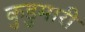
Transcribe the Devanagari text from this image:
कुडुमारी